Report on vaccination in Madras 1877-1894 - 1877-1894
Year: 1877
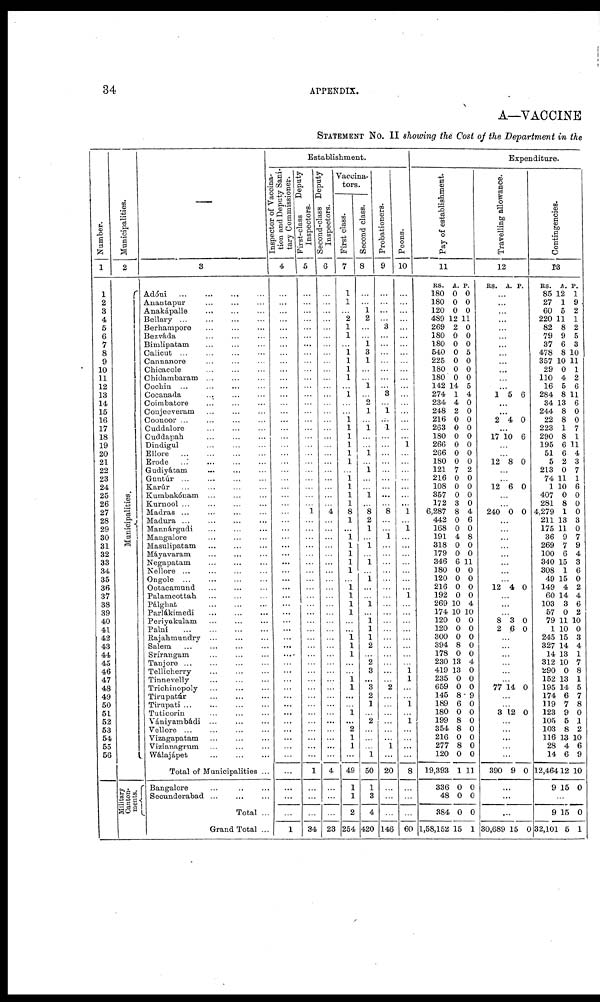
34
APPENDIX.
A—VACCINE
STATEMENT No. II showing the Cost of the Department in the
Number.
1
1
2
3
4
5
6
7
8
9
10
11
12
13
14
15
16
17
18
19
20
21
22
23
24
25
26
27
28
29
30
31
32
33
34
35
36
37
38
39
40
41
42
43
44
45
46
47
48
49
50
51
52
53
54
55
56
Municipalities.
2
Municipalities.
Military
Canton-
ments.
—
3
Adóni ... ... ... ...
Anantapur
...
...
...
Anakápalle ... ... ...
Bellary ... ... ... ...
Berhampore
...
...
...
Bezváda
...
...
...
Bimlipatam ... ... ...
Calicut ... ... ...
Carmanore ... ... ...
Chicacole ... ... ...
Chidambaram ... ... ...
Cochin ... ... ... ...
Cocanada ... ... ...
Coimbatore ... ... ...
Conjeeveram ... ... ...
Coonoor ... ... ... ...
Cuddalore ... ... ...
Cuddapah ... ... ...
Dindigul ... ... ...
Ellore
...
...
...
...
Erode
...
...
...
...
Gudiyátam ... ... ...
Guntúr ... ... ... ...
Karúr ... ... ... ...
Kumbakónam ... ... ...
Kurnool ... ... ... ...
Madras ... ... ... ...
Madura ... ... ... ...
Mannárgudi ... ... ...
Mangalore ... ... ...
Masulipatam ... ... ...
Máyavaram ... ... ...
Negapatam ... ... ...
Nellore ... ... ... ...
Ongole ... ... ... ...
Ootacamund ... ... ...
Palamcottah ... ... ...
Pálghat
...
...
...
Parlákimedi
...
...
...
Periyakulam ... ... ...
Palni
...
...
...
...
Rajahmundry
...
...
...
Salem ... ... ... ...
Srírangam ... ... ...
Tanjore ... ... ... ...
Tellicherry ... ... ...
Tinnevelly ... ... ...
Trichinopoly ... ... ...
Tirupatúr
...
...
...
Tirupati ... ... ... ...
Tuticorin ... ... ...
Vániyambádi ... ... ...
Vellore ... ... ... ...
Vizagapatam ... ... ...
Vizianagrum ... ... ...
Wálajápet
...
...
...
Total of Municipalities ...
Bangalore
...
...
...
Secunderabad ... ...
Total ...
Grand Total ...
Establishment.
Inspector of Vaccina-
tion and Deputy Sani-
tary Commissioner.
4
...
...
...
...
...
...
...
...
...
...
...
...
...
...
...
...
...
...
...
...
...
...
...
...
...
...
...
...
...
...
...
...
...
...
...
...
...
...
...
...
...
...
...
....
...
...
...
...
...
...
...
...
...
...
...
...
...
...
...
...
1
First-class
Deputy
Inspectors.
5
...
...
...
...
...
...
...
...
...
...
...
...
...
...
...
...
...
...
...
...
...
...
...
...
...
...
1
...
...
...
...
...
...
...
...
...
...
...
...
...
...
...
...
...
...
...
...
...
...
...
...
...
...
...
...
...
1
...
...
...
34
Second-class Deputy
Inspectors.
6
...
...
...
...
...
...
...
...
...
...
...
...
...
...
...
...
...
...
...
...
...
...
...
...
...
...
4
...
...
...
...
...
...
...
...
...
...
...
...
...
...
...
...
...
...
...
...
...
...
...
...
...
...
...
...
...
4
...
...
...
23
Vaccina-
tors.
First class.
7
1
1
...
2
1
1
...
1
1
1
1
...
1
...
...
1 1
1
1
1
1
...
1 1
1
1
8
1
...
1
1
1
1
1
...
1 1
1
1
...
...
1
1
1
...
...
1
1
...
...
1
...
2
1
1
...
49
1
1
2
254
Second class.
8
...
...
1
2
...
...
1
3
1
...
...
1
...
2
1
...
1
...
...
1
...
1
...
...
1
...
8
2
1
...
1
...
1
...
1
...
...
1
...
1 1
1
2
...
2
3
...
3
2
1
...
2
...
...
...
1
50
1
3
4
420
Probationers.
9
...
...
...
...
3
...
...
...
...
...
...
...
3
...
1
...
1
...
...
...
...
...
...
...
...
...
8
...
...
1
...
...
...
...
...
...
...
...
...
...
...
...
...
...
...
...
...
2
...
...
...
...
...
...
1
...
20
...
...
...
146
Peons.
10
...
...
...
...
...
...
...
...
...
...
...
...
...
...
...
...
...
...
1
...
...
...
...
...
...
...
1
...
1
...
...
...
...
...
...
...
1
...
...
...
...
...
...
...
...
1
1
...
...
1
...
1
...
...
...
...
8
...
...
...
60
Expenditure.
Pay of establishment.
11
RS.
180
180
120
489
269
180
180
540
225
180
180
142
274
234
248
216
263
180
266
266
180
121
216
108
357
172
6,287
442
168
191
318
179
346
180
120
216
192
269
174
120
120
300
394
178
230
419
235
659
145
189
180
199
354
216
277
120
19,393
336
48
384
1,58,152
A.
0
0
0
12
2
0
0
0
0
0
0
14
1
4
2
0
0
0
0
0
0
7
0
0
0
3
8
0
0
4
0
0
6
0
0
0
0
10
10
0
0
0
8
0
13
13
0
0
8
6
0
8
8
0
8
0
1
0
0
0
15
P.
0
0
0
11
0
0
0
5
0
0
0
5
4
0
0
0
0
0
0
0
0
2
0
0
0
0
4
6
0
8
0
0
11
0
0
0
0
4
10
0
0
0
0
0
4
0
0
0
9
0
0
0
0
0
0
0
11
0
0
0
1
Travelling allowance.
12
RS. A. P.
...
...
...
...
...
...
...
...
...
...
...
...
1 5 6
...
...
2 4 0
...
17 10 6
...
...
12 8 0
...
...
12 6 0
...
...
240 0 0
...
...
...
...
...
...
...
...
12 4 0
...
...
...
8
2
3
6
0
0
...
...
...
...
...
...
77 14 0
...
...
3 12 0
...
...
...
...
...
390 9 0
...
...
...
30,689 15 0
Contingencies.
13
RS.
85
27
60
220
82
79
37
478
357
29
110
16
284
34
244
22
223
290
195
51
5
213
74
1
407
281
4,279
211
175
36
269
100
340
308
49
149
60
103
57
79
1
245
327
14
312
290
152
195
174
119
123
105
103
116
28
14
12,464
9
A.
12
1
5
11
8
9
6
8
10
0
4
5
8
13
8
8
1
8
6
6
2
0
11
10
0
8
1
13
11
9
7
6
15
1
15
4
14
3
0
11
10
15
14
13
10
0
13
14
6
7
9
5
8
13
4
6
12
15
P.
1
9
2
1
2
5
3
10
11
1
2
6
11
6
0
0
7
1
11
4
3
7
1
6
0
0
0
3
0
7
9
4
3
6
0
2
4
6
2
10
0
3
4
1
7
8
1
5
7
8
0
1
2
10
6
9
10
0
...
9
32,101
15
5
0
1